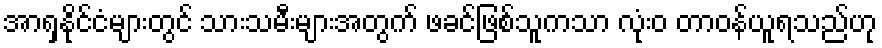
အာရှနိုင်ငံများတွင် သားသမီးများအတွက် ဖခင်ဖြစ်သူကသာ လုံးဝ တာဝန်ယူရသည်ဟု